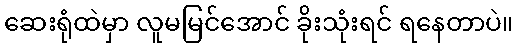
ဆေးရုံထဲမှာ လူမမြင်အောင် ခိုးသုံးရင် ရနေတာပဲ။